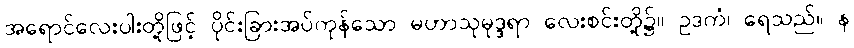
အရောင်လေးပါးတို့ဖြင့် ပိုင်းခြားအပ်ကုန်သော မဟာသုမုဒ္ဒရာ လေးစင်းတို့၌။ ဥဒကံ၊ ရေသည်။ န